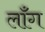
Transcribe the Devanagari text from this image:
लॉँग